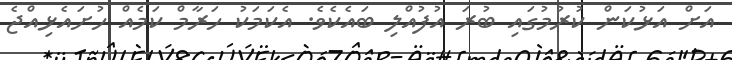
އަށް އަޅުކަން ކުރުމުގައި ބުރަ އުފުއްލި ބައެކެވެ. އެކަމަކު ހަރާމް ކަމެއް ހުށައެޅިއްޖެ